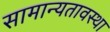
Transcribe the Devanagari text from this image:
सामान्यतावस्था